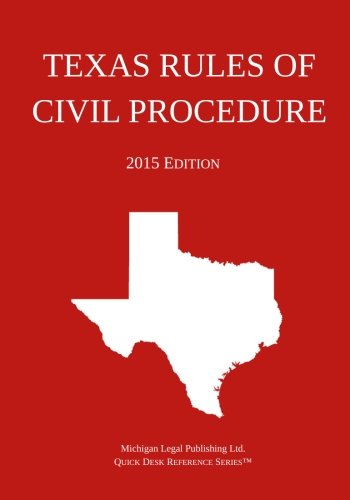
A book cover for Texas Rules of Civil Procedure; 2015 Edition: Quick Desk Reference Series; Michigan Legal Publishing Ltd.; Law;